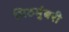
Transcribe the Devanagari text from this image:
मिठमुंबरी